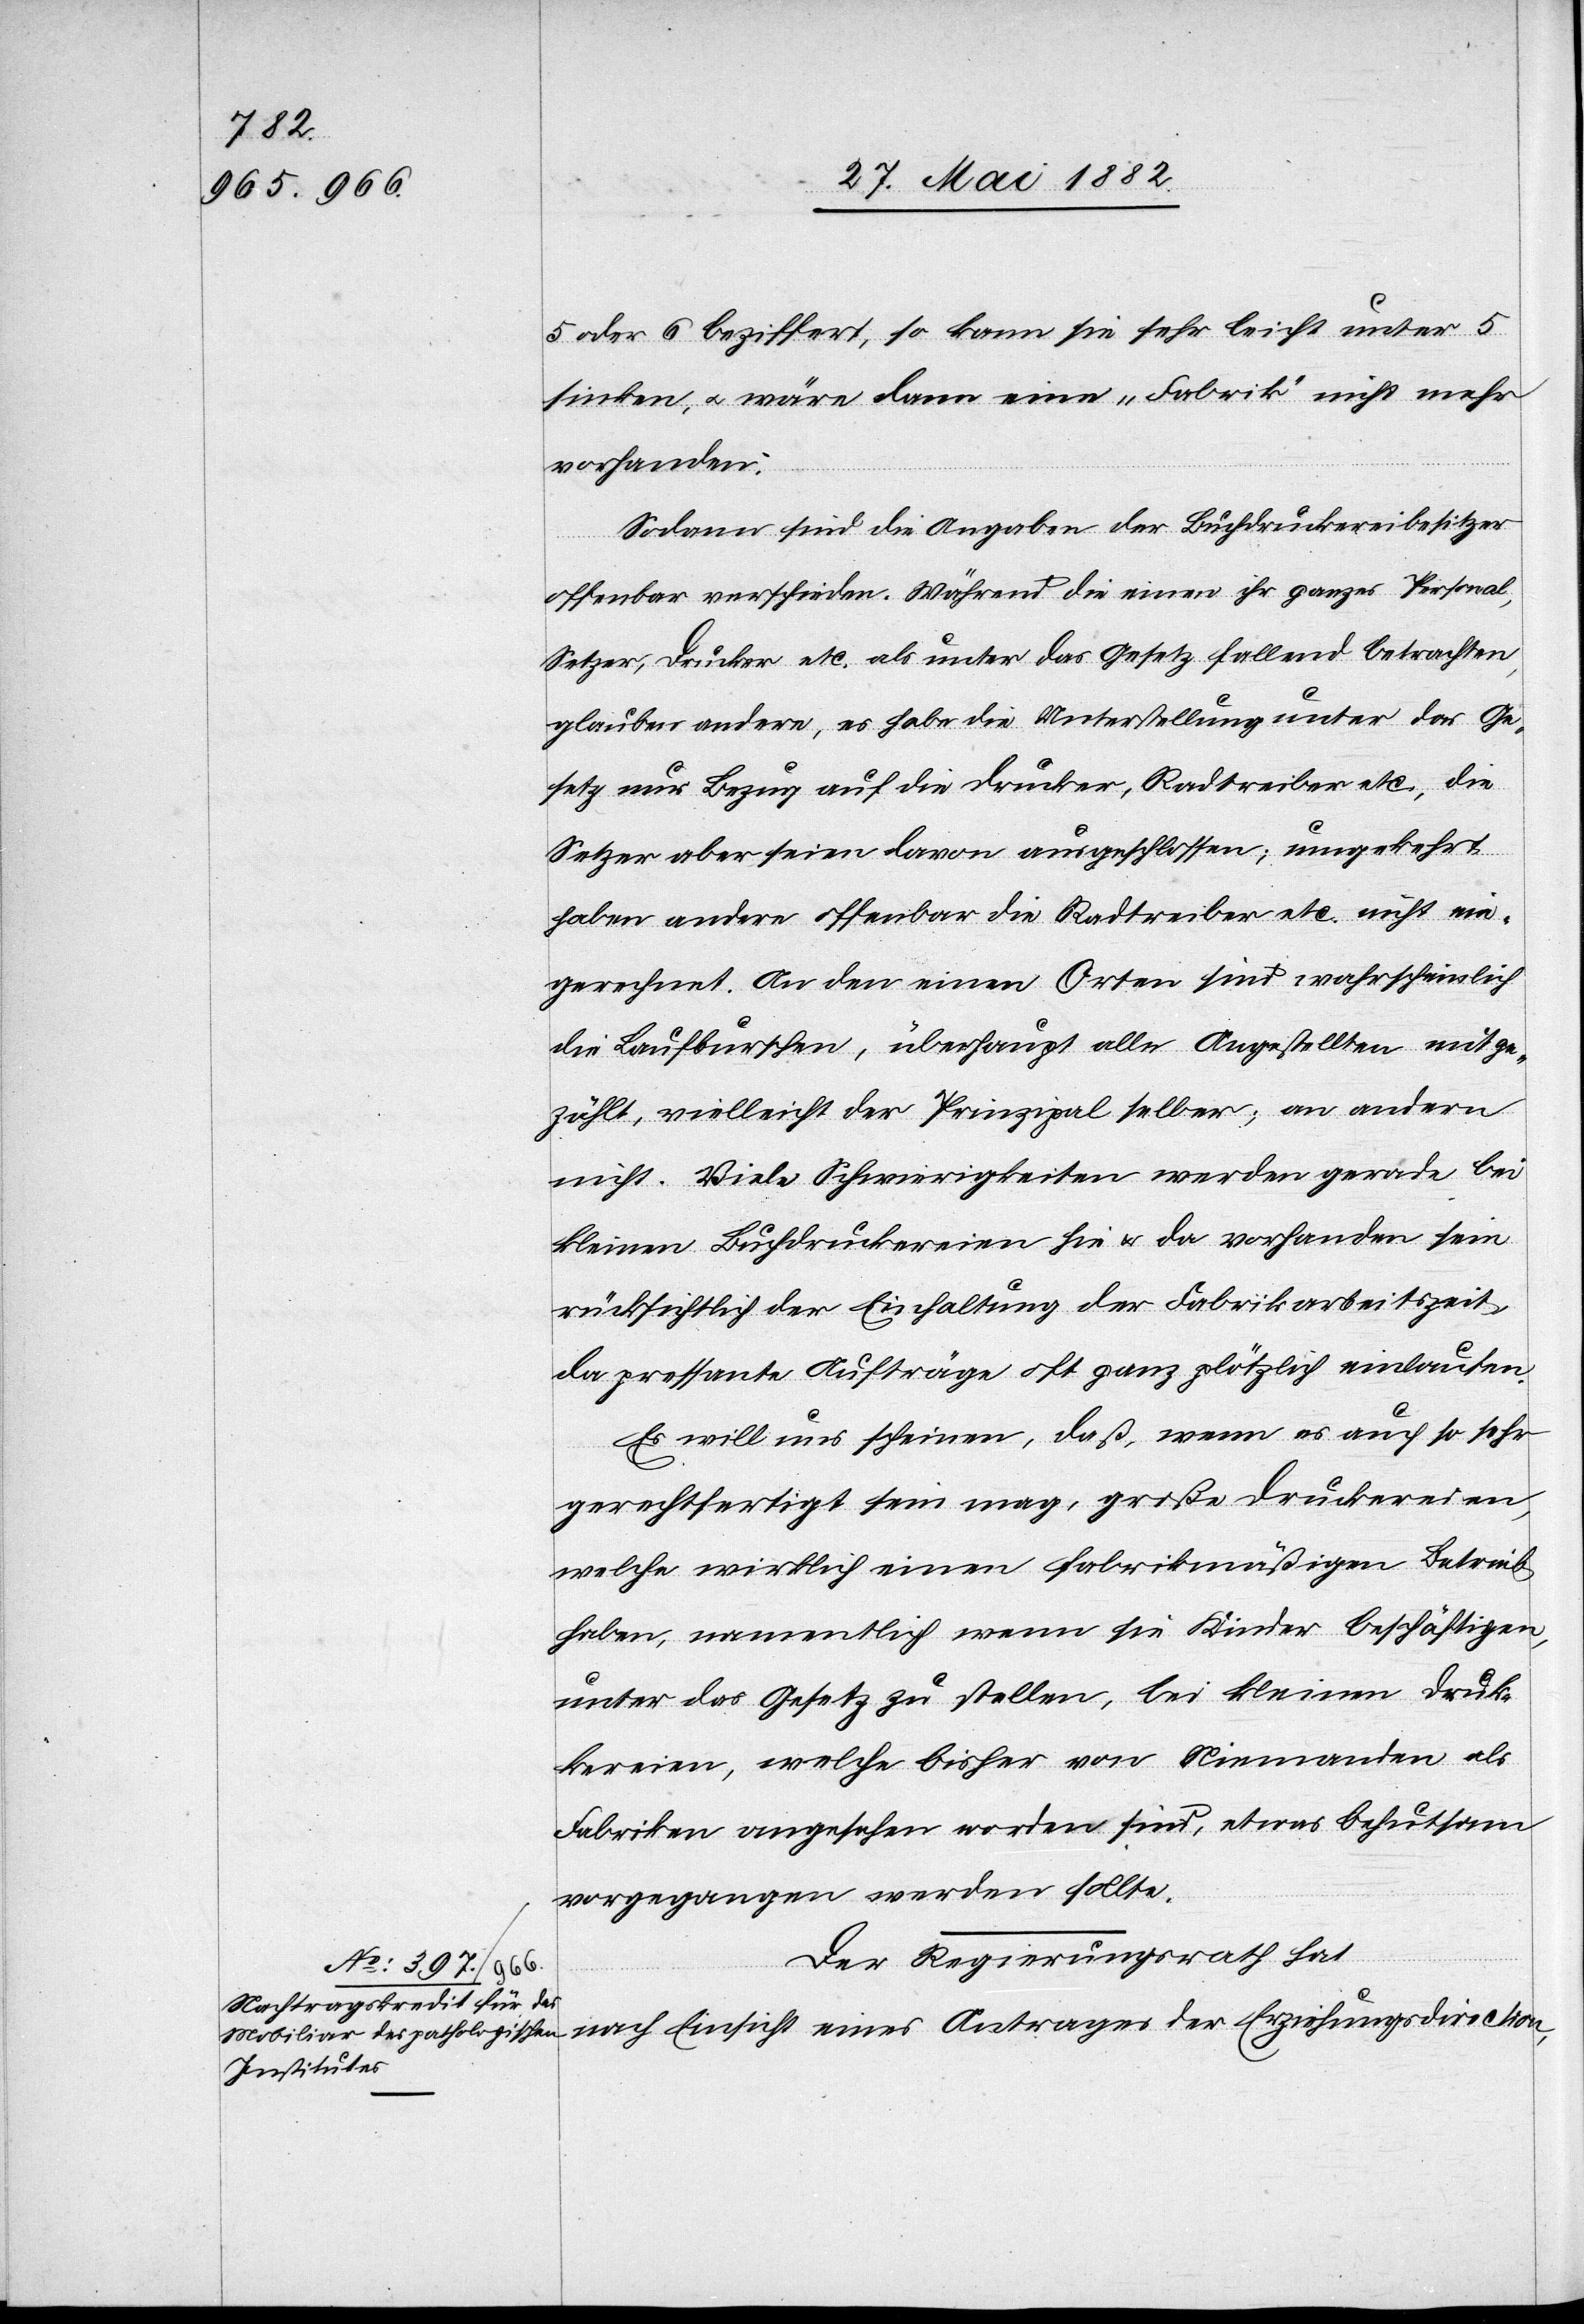
5 oder 6 beziffert, so kann sie sehr leicht unter 5
sinken, u. wäre dann eine „Fabrik“ nicht mehr
vorhanden.
Sodann sind die Angaben der Buchdruckereibesitzer
offenbar verschieden. Während die einen ihr ganzes Personal,
Setzer, Drucker etc. als unter das Gesetz fallend betrachten,
glauben andere, es habe die Unterstellung unter das Ge¬
setz nur Bezug auf die Drucker, Radtreiber etc., die
Setzer aber seien davon ausgeschlossen; umgekehrt
haben andere offenbar die Radtreiber etc. nicht ein¬
gerechnet. An den einen Orten sind wahrscheinlich
die Laufburschen, überhaupt alle Angestellten mitge¬
zählt, vielleicht der Prinzipal selber; an andern
nicht. Viele Schwierigkeiten werden gerade bei
kleinen Buchdruckereien hie & da vorhanden sein
rücksichtlich der Einhaltung der Fabrikarbeitszeit,
da pressante Aufträge oft ganz plötzlich einlaufen.
Es will uns scheinen, daß, wenn es auch so sehr
gerechtfertigt sein mag, große Druckereien,
welche wirklich einen fabrikmäßigen Betrieb
haben, namentlich wenn sie Kinder beschäftigen,
unter das Gesetz zu stellen, bei kleinen Druck¬
ereien, welche bisher von Niemandem als
Fabriken angesehen worden sind, etwas behutsam
vorgegangen werden sollte.
Der Regierungsrath hat,